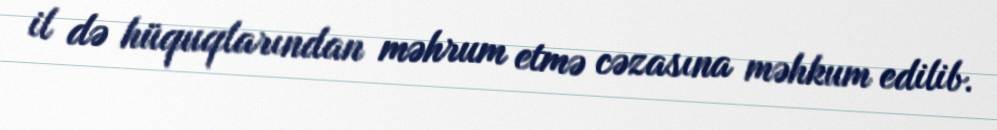
il də hüquqlarından məhrum etmə cəzasına məhkum edilib.